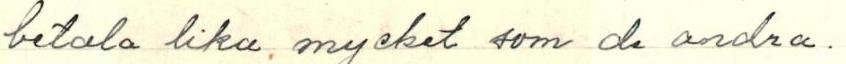
betala lika mycket som de andra.